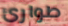
طوارئ